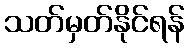
သတ်မှတ်နိုင်ရန်